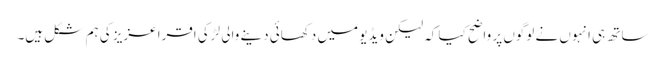
ساتھ ہی انہوں نے لوگوں پر واضح کیا کہ لیکن ویڈیو میں دکھائی دینے والی لڑکی اقرا عزیز کی ہم شکل ہیں۔